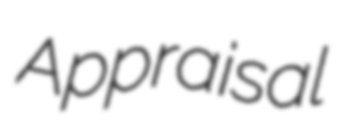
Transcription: Appraisal